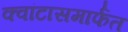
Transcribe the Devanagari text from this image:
क्वांटासमार्फत